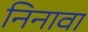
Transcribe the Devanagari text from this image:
निनावा